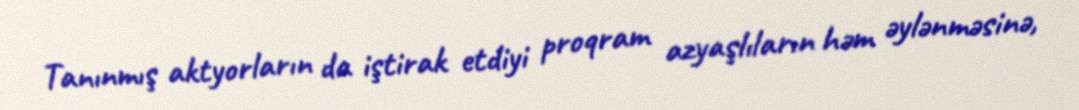
Tanınmış aktyorların da iştirak etdiyi proqram azyaşlıların həm əylənməsinə,